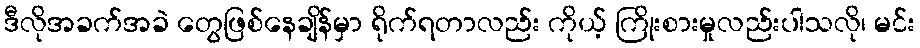
ဒီလိုအခက်အခဲ တွေဖြစ်နေချိန်မှာ ရိုက်ရတာလည်း ကိုယ့် ကြိုးစားမှုလည်းပါသလို၊ မင်း